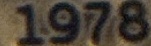
1978